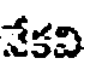
నేకవి